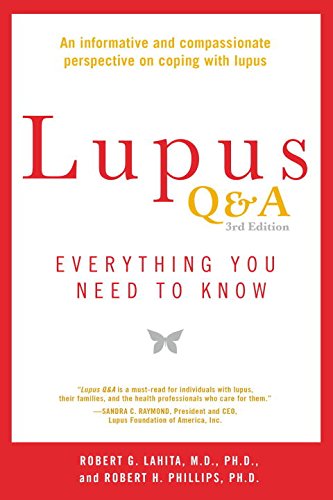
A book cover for Lupus Q&A Revised and Updated, 3rd edition: Everything You Need to Know; Robert G. Lahita; Health, Fitness & Dieting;